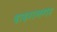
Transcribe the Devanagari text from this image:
दादरानगर